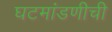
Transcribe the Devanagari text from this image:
घटमांडणीची